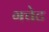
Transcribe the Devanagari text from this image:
गचेट